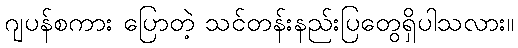
ဂျပန်စကား ပြောတဲ့ သင်တန်းနည်းပြတွေရှိပါသလား။